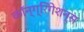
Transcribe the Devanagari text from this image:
कॉन्ग्रिगेशन्स